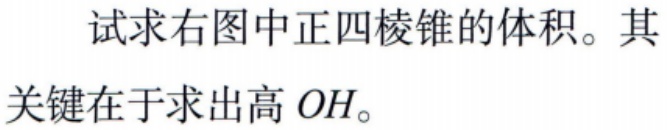
试求右图中正四棱锥的体积。其
关键在于求出高 \(OH\)。